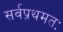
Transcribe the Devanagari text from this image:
सर्वप्रथमतः